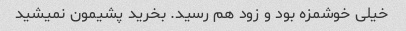
خیلی خوشمزه بود و زود هم رسید. بخرید پشیمون نمیشید